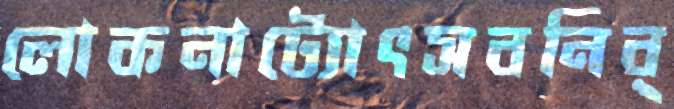
লোকনাট্যোৎসবনির্